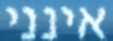
אינני